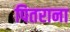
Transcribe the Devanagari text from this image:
पितराना